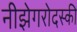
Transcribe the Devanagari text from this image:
नीझेगरोदस्की